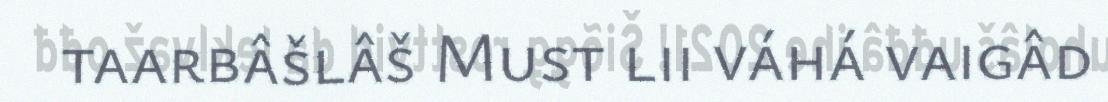
taarbâšlâš Must lii váhá vaigâd